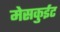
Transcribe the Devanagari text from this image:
मेसकुईट